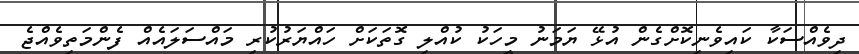
ދިވެއްސަކާ ކައިވެނިކޮށްގެން އުޅޭ ޔަމަނު މީހަކު ކުއްލި ގޮތަކަށް ހައްޔަރުކުރި މައްސަލައެއް ފެންމަތިވެއްޖެ